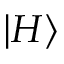
| H \rangle